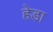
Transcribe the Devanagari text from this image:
हेडा